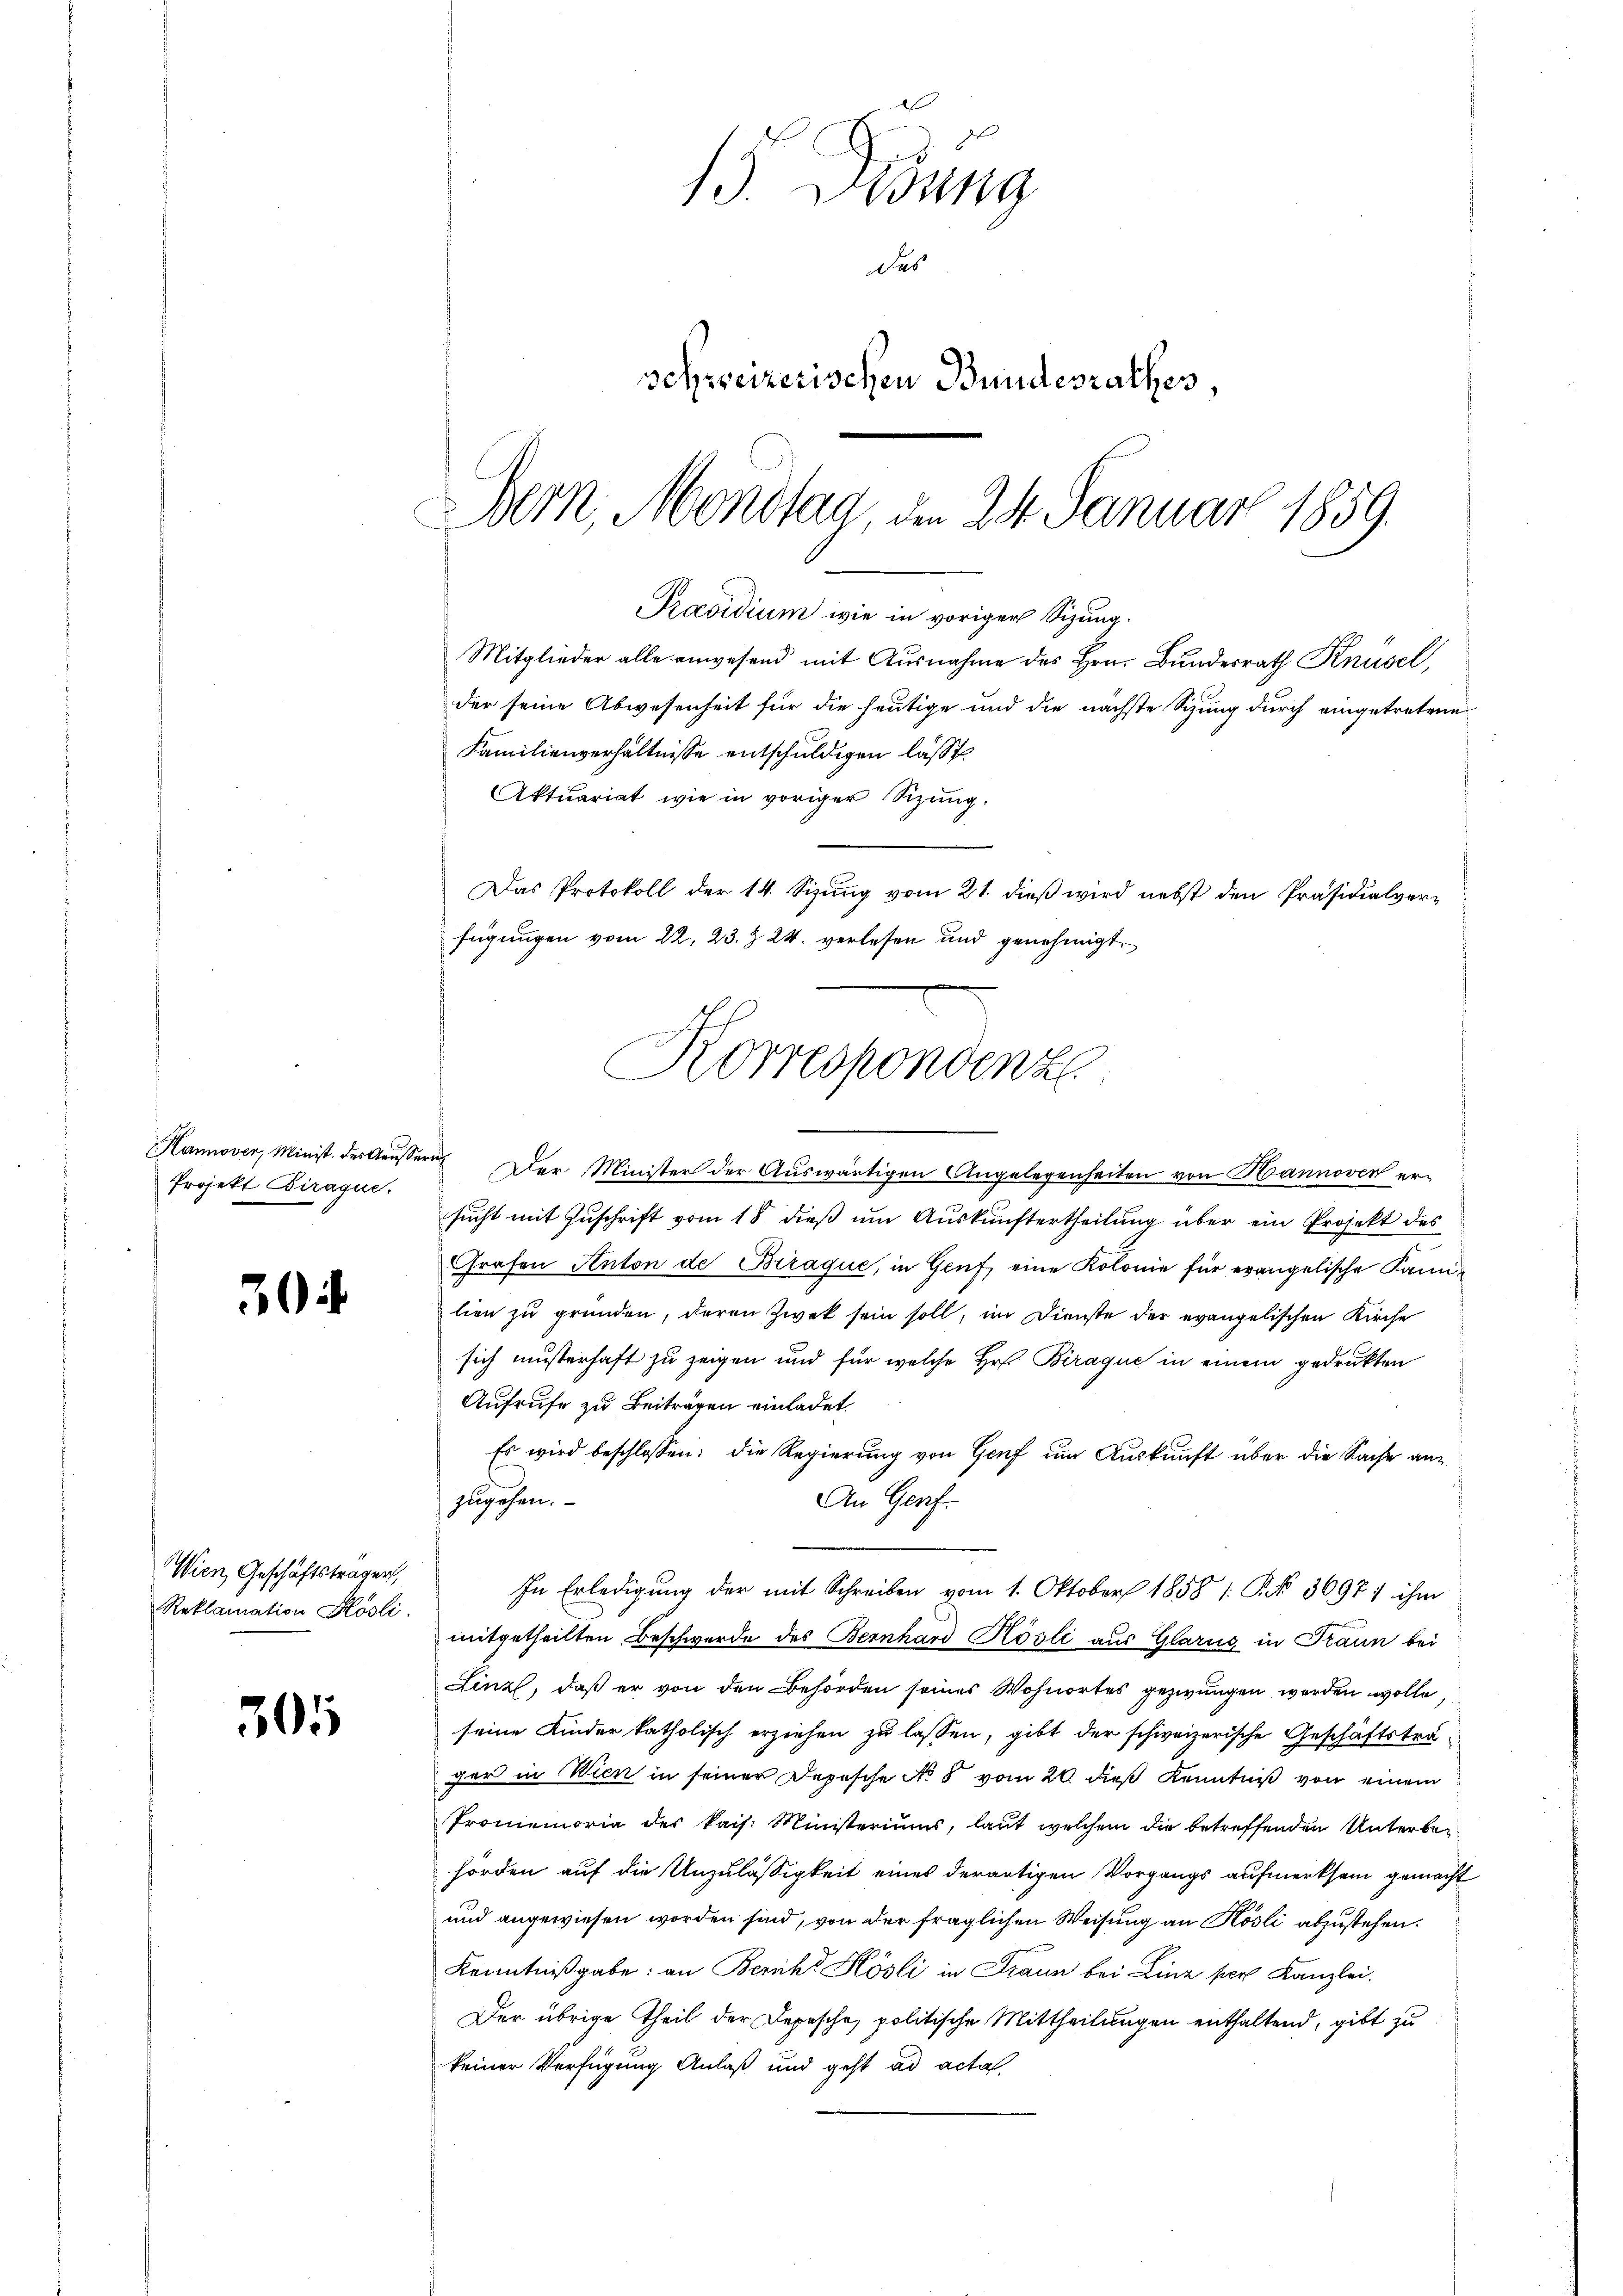
Projekt Biraque.

3

Wien Geschäftstragen,
Reklamation Kösli.

305

15. Disung
Das
schweizerischen Bundesrathes,
Bern, Mondtag, den 24. Januar 1859.

Präsidium wie in voriger Sizung.
Mitglieder alle anwesend mit Ausnahme des Hrn. Bundesrath Knüsel,
der seine Abwesenheit für die heutige und die nächste Sizung durch eingetretene
Familienverhältnisse entschuldigen lässt.
Aktuariat wie in voriger Sizung.
Das Protokoll der 14. Sizung vom 21. dieß wird nebst den Präsidialverfügungen vom 22. 23. Z. 24. verlesen und genehmigt
Korrespondenz

Hannover, Minist der Aeussern. Der Minister der Auswärtigen Angelegenheiten von Hannoven ersucht mit Zuschrift vom 18. dieß um Auskunftertheilung über ein Projekt des
Grafen Anton de Biraque, in Genf, eine Kolonie für evangelische Familien zu gründen, deren Zwek sein soll, im Dienste der evangelischen Kirche
sich musterhaft zu zeigen und für welche Hr. Biraque in einem gedrukten
Aufrufe zu Beiträgen einladet.
Es wird beschlossen: die Regierung von Genf um Auskunft über die Sache an¬
An Genf.
zugehen.
In Erledigung der mit Schreiben vom 1. Oktober 1858 1 § 3697/ ihm
mitgetheilten Beschwerde des Bernhard Kösli aus Glarus in Traun bei
Linz, daß er von den Behörden seines Wohnortes gezwungen werden wolle,
seine Kinder katholisch erziehen zu lassen, gibt der schweizerische Geschäftsträger in Wien in seiner Depesche No 5 vom 20. dieß Kenntniß von einem
Promemoria des kais. Ministeriums, laut welchem die betreffenden Unterbehörden auf die Unzulässigkeit eines derartigen Vorgangs aufmerksam gemacht
und angewiesen worden sind, von der fraglichen Weisung an Kösli abzustehen.
Kenntnißgabe: an Zürich Kösli in Traun bei Linz per Kanzlei.
Der übrige Theil der Depesche politische Mittheilungen enthaltend, gibt zu
keiner Verfügung Anlaß und geht ad acta